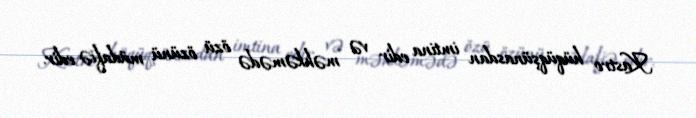
Kastro hüqüqşünasdan imtina edir və məhkəmədə özü özünü müdafiə edir.